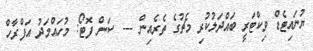
ޔުނައިޓެޑް ވިކްޓަރީ ބައްދަލުކުރި މެޗުގެ ތެރެއިން --- ސަން ފޮޓޯ: މުހައްމަދު އަފްރާހް